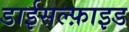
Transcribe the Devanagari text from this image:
डाईसल्फ़ाइड